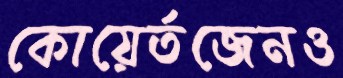
কোয়ের্তজেনও